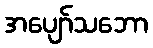
အပျော်သဘော